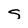
Character: S